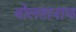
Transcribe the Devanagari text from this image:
बोलतानाच